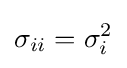
\sigma _{ii}=\sigma _{i}^{2}